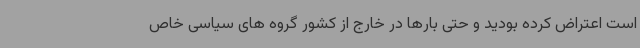
است اعتراض کرده بودید و حتی بارها در خارج از کشور گروه های سیاسی خاص